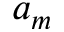
a _ { m }